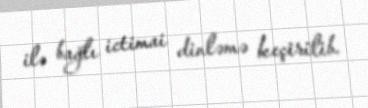
ilə bağlı ictimai dinləmə keçirilib.